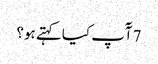
7 آٓپ کیا کہتے ہو؟